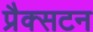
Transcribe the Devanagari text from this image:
प्रैक्सटन